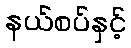
နယ်စပ်နှင့်